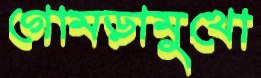
গোমড়ামুখো